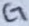
Text: CT